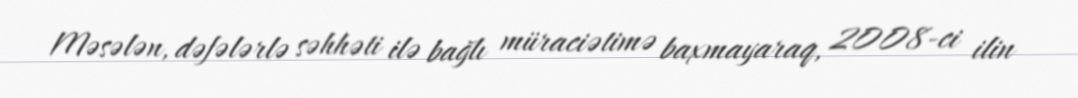
Məsələn, dəfələrlə səhhəti ilə bağlı müraciətimə baxmayaraq, 2008-ci ilin